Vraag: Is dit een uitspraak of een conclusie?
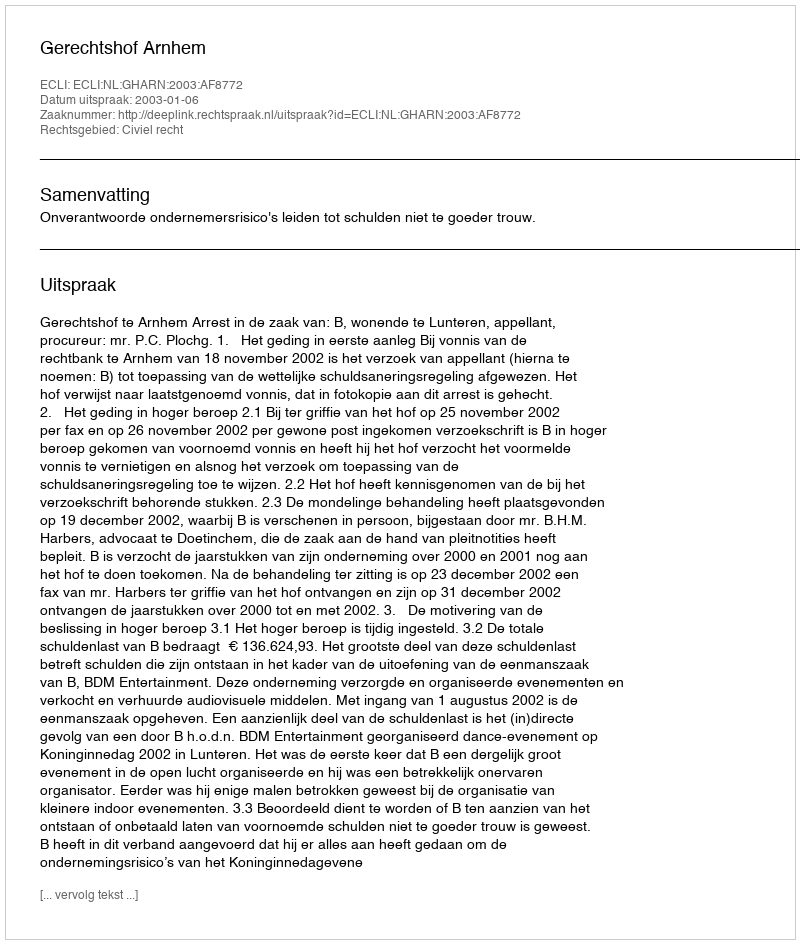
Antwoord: Uitspraak